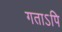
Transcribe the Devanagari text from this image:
गताऽपि